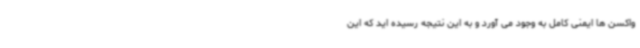
واکسن ها ایمنی کامل به وجود می آورد و به این نتیجه رسیده اید که این